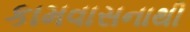
કામવાસનાથી